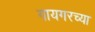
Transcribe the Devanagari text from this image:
गायगरच्या